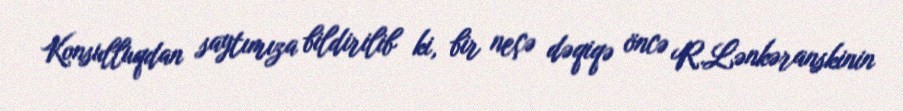
Konsulluqdan saytımıza bildirilib ki, bir neçə dəqiqə öncə R.Lənkəranskinin